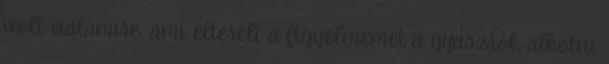
volt valamire, ami eltereli a figyelmemet a gyászról, alkotni